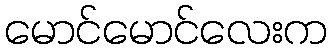
မောင်မောင်လေးက